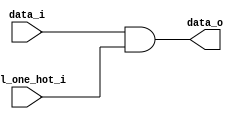
module bsg_mux_one_hot_width_p1_els_p1
(
  data_i,
  sel_one_hot_i,
  data_o
);

  input [0:0] data_i;
  input [0:0] sel_one_hot_i;
  output [0:0] data_o;
  wire [0:0] data_o;
  assign data_o[0] = data_i[0] & sel_one_hot_i[0];

endmodule